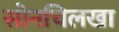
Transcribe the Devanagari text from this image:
सोनचिलखा